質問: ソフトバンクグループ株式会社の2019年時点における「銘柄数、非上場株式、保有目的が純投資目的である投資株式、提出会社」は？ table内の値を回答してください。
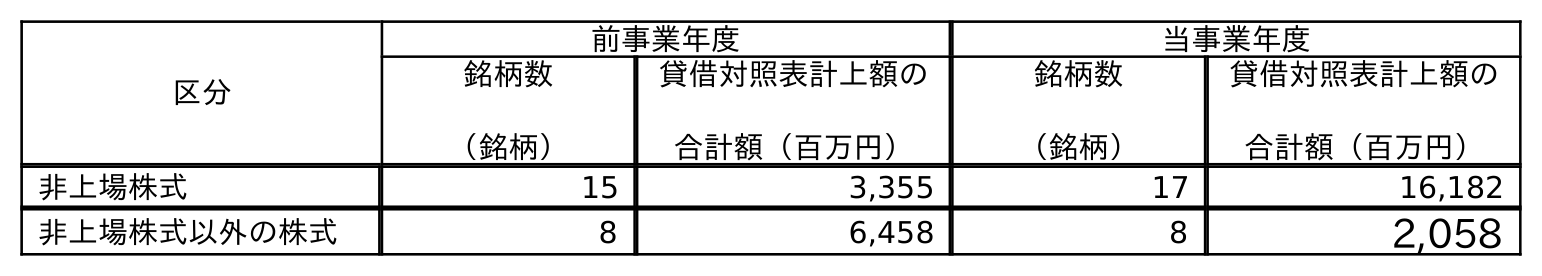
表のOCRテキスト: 区分 前事業年度 当事業年度 銘柄数 （銘柄） 貸借対照表計上額の 合計額（百万円） 銘柄数 （銘柄） 貸借対照表計上額の 合計額（百万円） 非上場株式 15 3,355 17 16,182 非上場株式以外の株式 8 6,458 8 2,058
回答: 15